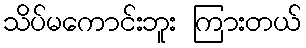
သိပ်မကောင်းဘူး ကြားတယ်